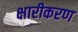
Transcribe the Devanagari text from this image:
क्षारीकरण